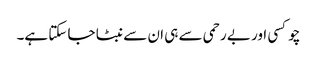
چوکسی اور بے رحمی سے ہی ان سے نبٹا جا سکتا ہے۔